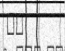
٤٤